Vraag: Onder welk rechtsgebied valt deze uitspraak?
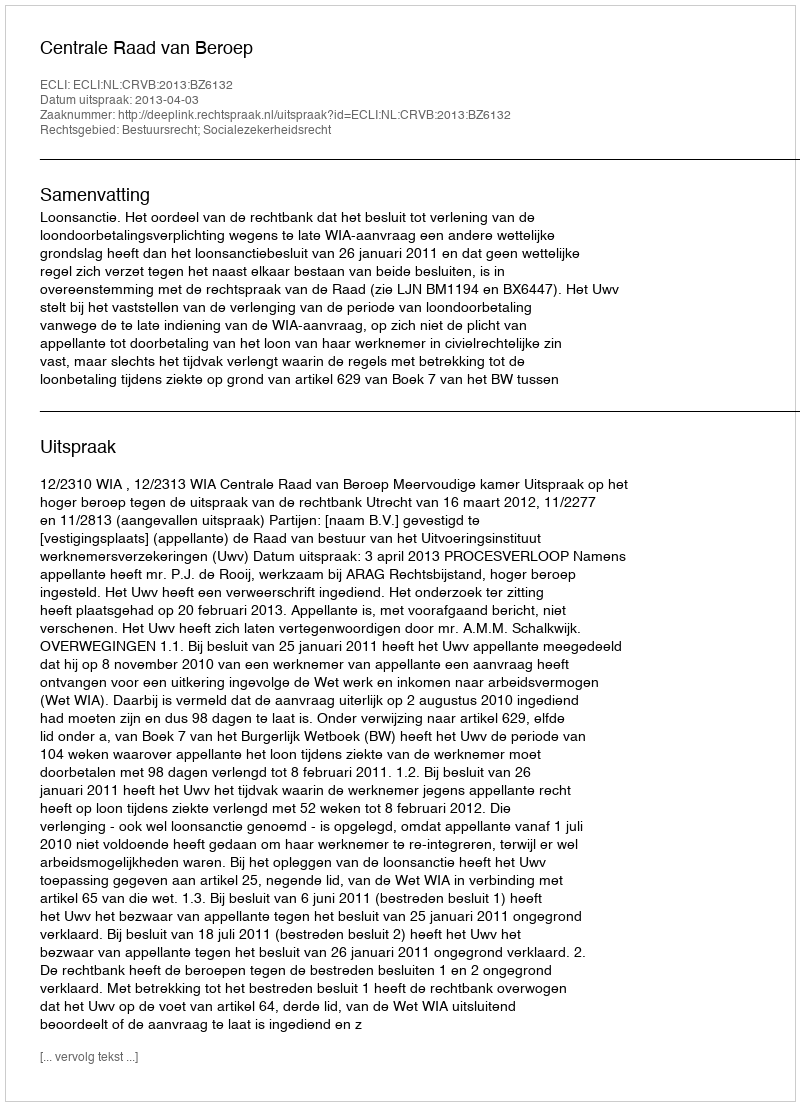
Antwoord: Bestuursrecht; Socialezekerheidsrecht